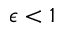
\epsilon < 1